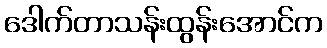
ဒေါက်တာသန်းထွန်းအောင်က